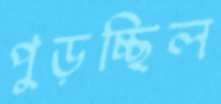
পুড়চ্ছিল